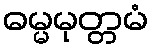
ဓမ္မမုတ္တမံ